King Institute of Preventive Medicine Micro-Biological Section reports 1909-11
Year: 1909
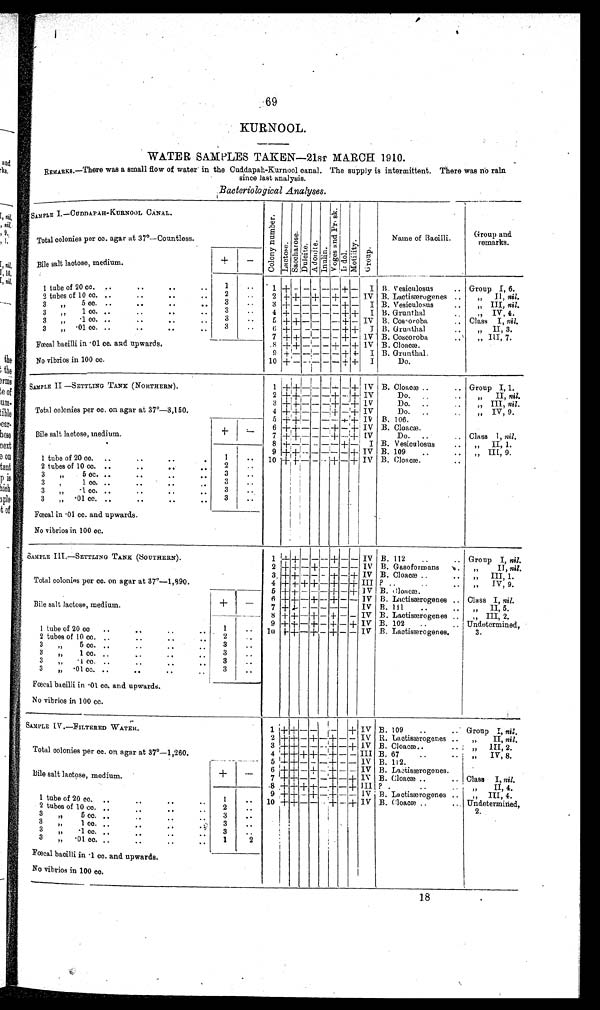
69
KURNOOL.
WATER SAMPLES TAKEN—21ST MARCH 1910.
REMARKS.—There was a small flow of water in the Cuddapah-Kurnool canal. The supply is intermittent. There was no raln
since last analysis.
Bacteriological Analyses .
S A M P L E I . — C U D D A P A H - K U R N O O L C A N A L .
Co l o n y n u mb e r .
Lact ose.Sa c c ha r os e .Dulcite.Adomi t e.Inulin.Vo g e s a n d P r a s k . Indol.Mot i l i t y.Group.
Name of Bacilli.
Group and
remarks.
Total colonies per cc. agar at 37°—Countless.
Bile salt lactose, medium.
+
−
1 tube of 20 cc.
1
1 + − − − − − + −
I B. Vesiculosus
Group I, 6.
2 tubes of 10 cc.
2
2 + + − + − + − − IV B. Lactisærogenes
„ II, nil.
3 „ 5 cc.
3
3
+
− − − − − + −
I B. Vesiculosus
„ III, nil.
3 „ 1 c c .
3
4 + − − − − − + +
I B. Grunthal
„ IV, 4.
3 „ ·1 cc.
3
5 + + − −
− + − IV B. Cos[ILL]oroba
Class I, nil.
3 „ ·01 cc.
3
6 + − − − − − + +
I B. Grunthal
„ II, 3.
7 + + − − − − + − IV B. Coscoroba
„ III, 7.
Fœcal bacilli in ·01 cc. and upwards.
8
+
+ − − − + − + IV B. Cloacæ.
9 + − − − − − + +
I B. Grunthal.
No vibrios in 100 cc.
10 + − −
− − − + + I
Do.
SAMPLE II—SETTLING TANK (NORTHERN).
1
+ + − − − +
− +
IV B. Cloacæ
Group I, 1.
2 + + − − − + − + IV
Do.
„ II, nil.
3 + + − − − + − + IV
Do.
„ III,
nil.
Total colonies per cc. on agar at 37°—3,150.
4 + + − − − + − + IV
Do.
„ IV, 9.
5 + + −
− − + + IV B. 106.
+
−
6 + + − − − + − + IV B. Cloacæ.
Bile salt lactose, medium.
7 + + − − − + − + IV
Do.
Class I, nil.
8 + + − − − − + −
I B. Vesiculosus
„ II, 1.
9
+ + − − − − − + IV B. 109
„ III, 9.
1 tube of 20 cc.
1
10 + + − − − + − + IV B. Cloacæ
2 tubes of 10 cc.
2
3 „ 5 cc.
3
3 „ 1 cc.
3
3 „ ·1 cc.
3
3 „ ·01 cc.
3
Fœcal in ·01 cc. and upwards.
No vibrios in 100 cc.
SAMPLE III.—SETTLING TANK (SOUTHERN).
1
+
+ − − − +
− −
IV B. 112
Group I, nil.
2 + + − + − − − − IV B. Gasoformans
„ II, nil.
3 + + − − − + − + IV B. Cloacæ
„ III, 1.
Total colonies per cc. on agar at 37°—1,890.
4 + + + + − + − + III ?
„ IV, 9.
5 + + − − − + − + IV B. Cloacæ.
6 + +− + − + − − IV B. Lactisærogenes
Class I, nil.
Bile salt lactose, medium.
+
−
7 + + − − − − −
IV B. 111
,, II, 5.
8 + + − + − + − − IV B. Lactisærogenes
„ III, 2.
9 + + − + − + − + IV B. 102
Undetermined,
3.
1 tube of 20 cc
1
1 0 + + − + − + − −
I V B. Lactisærogenes.
2 tubes of 10 cc.
2
3 „ 5 cc.
3
3 „ 1 cc.
3
3 „··1cc.
3
3 „ ·01 cc.
3
Fœcal bacilli in ·01 cc. and upwards.
No vibrios in 100 cc.
SAMPLE IV.—FILTERED WATER.
1 +
+ − −
−
+ IV B. 109
Group I, nil.
2 + + − + − + − − IV R. Lactisærogenes
„ II, nil.
3 + + − − − + − + IV B. Cloacæ.
„ III, 2.
Total colonies per cc. on agar at 37°—1,260.
4 +
+
+ + − + − − III B. 67
„ IV, 8.
5 + + − − − + − − IV B. 112.
+
−
6 + + − + − + − − IV B. Lactisærogenes.
Bile salt lactose, medium.
7 + + − − − + − + IV B. Cloacæ
Class I, nil.
8 + + + + − + − −
III ?
„ II, 4.
9 + + − + − + − −
IV B. Lactisærogenes
„ III, 4.
1 tube of 20 cc.
1
10 + + − − − + − + IV B. Cloacæ
Undetermined,2
2 tubes of 10 cc.
2
2.
3 „ 5 cc.
3
3 „ l cc.
3
3 „ ·1 cc.
3
3 „ ·01 cc.
1
2
Fœcal bacilli in ·1 cc. and upwards.
No vibrios in 100 cc.
18
.